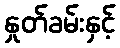
နှုတ်ခမ်းနှင့်